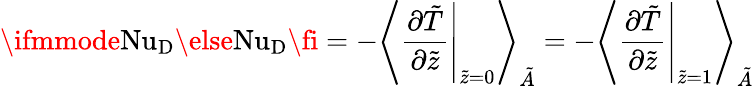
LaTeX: \ifmmode\mathrm{Nu}_{\textrm{D}}\else\mathrm{Nu}_{\textrm{D}}\fi=-\Bigg\langle\left.\frac{\partial\tilde{T}}{\partial\tilde{z}}\right|_{\tilde{z}=0}\Bigg\rangle_{\tilde{A}}=-\Bigg\langle\left.\frac{\partial\tilde{T}}{\partial\tilde{z}}\right|_{\tilde{z}=1}\Bigg\rangle_{\tilde{A}}